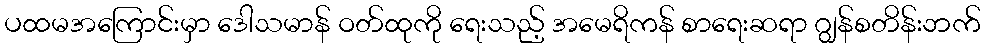
ပထမအကြောင်းမှာ ဒေါသမာန် ဝတ်ထုကို ရေးသည့် အမေရိကန် စာရေးဆရာ ဂျွန်စတိန်းဘက်